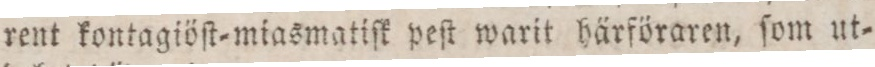
rent kontagiöſt=miasmatiſk peſt warit härföraren, ſom ut=